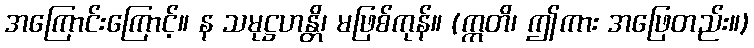
အကြောင်းကြောင့်။ န သမုဋ္ဌဟန္တိ၊ မဖြစ်ကုန်။ (ဣတိ၊ ဤကား အဖြေတည်း။)